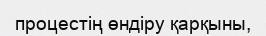
процестің өндіру қарқыны,